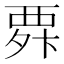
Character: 𮗃